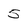
Character: 5